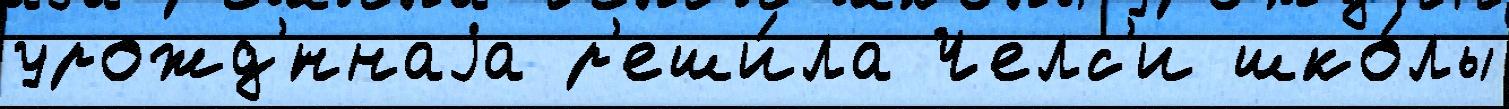
урожд'́ннаjа р'еши́ла Челс'и шко́лы